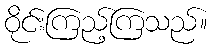
ဝိုင်းကြည့်ကြသည်။